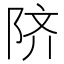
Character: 𬯀